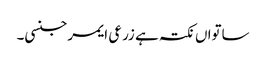
ساتواں نکتہ ہے زرعی ایمرجنسی۔